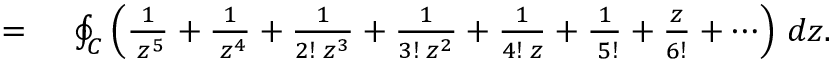
\begin{array} { r l } { = { } } & { { } \oint _ { C } \left( { \frac { 1 } { \; z ^ { 5 } } } + { \frac { 1 } { \; z ^ { 4 } } } + { \frac { 1 } { 2 ! \; z ^ { 3 } } } + { \frac { 1 } { 3 ! \; z ^ { 2 } } } + { \frac { 1 } { 4 ! \; z } } + { \frac { 1 } { \; 5 ! } } + { \frac { z } { 6 ! } } + \cdots \right) \, d z . } \end{array}